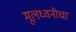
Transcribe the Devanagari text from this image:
मूलध्वनीचा